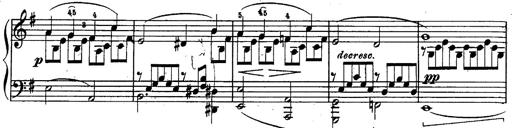
Title: Schubert's Impromptus [revised and edited by Franz Liszt]
Composer: Franz Liszt